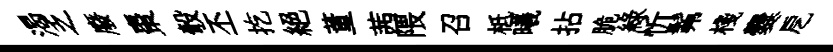
渴乏廢棗彀丕扢絶董茜隈召柢曦拈脆綠忻髴棧爨戹